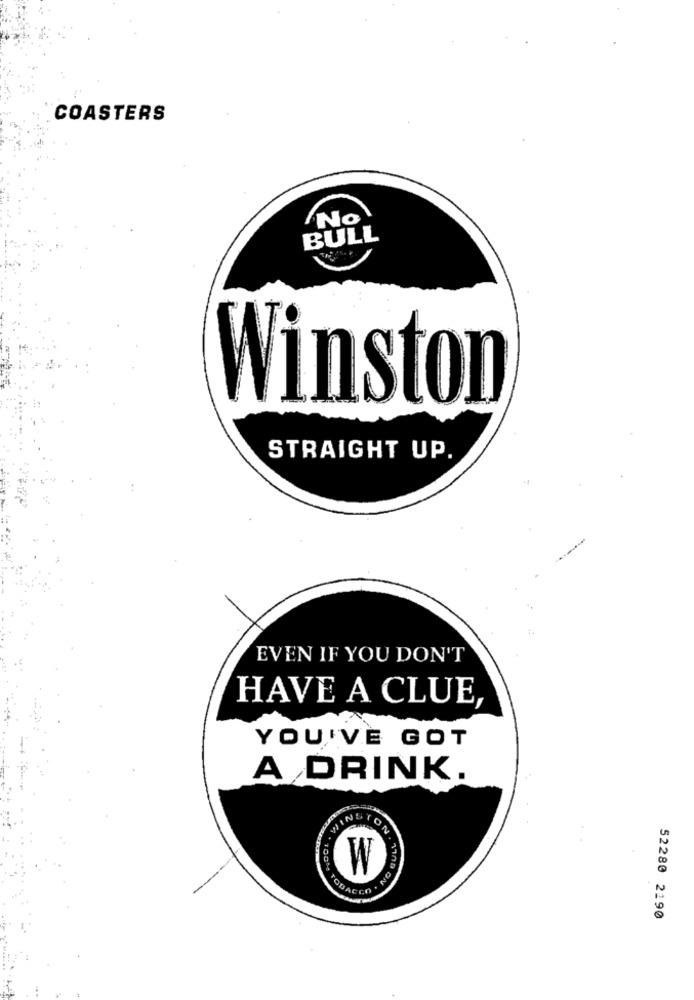
COASTERS
No
BULL
Winston
STRAIGHT UP.
EVEN IF YOU DON'T
HAVE A CLUE,
YOU'VE GOT
A DRINK.
WINSTON
W
ON . VIAD ON
52280 2190